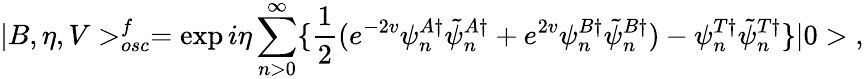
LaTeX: |B,\eta,V>_{osc}^{f}=\exp{i\eta\sum_{n>0}^{\infty}\{ \frac{1}{2}(e^{-2v}\psi_{n}^{A\dagger}\tilde{\psi}_{n}^{A\dagger}+e^{2v}\psi_{n}^{B\dagger}\tilde{\psi}_{n}^{B\dagger})-\psi_{n}^{T\dagger}\tilde{\psi}_{n}^{T\dagger}\} }|0>\; ,